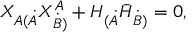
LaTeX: X _ { A ( \dot { A } } X _ { \dot { B } ) } ^ { A } + H _ { ( \dot { A } } \bar { H } _ { \dot { B } ) } = 0 ,